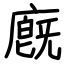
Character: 廐